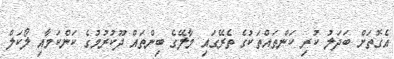
އެގޮތަށް ބަދަލު ކުރި ކަންތައްތަކުގެ ތެރޭގައި މާލޭގެ ބިންތައް ދޫކުރުމުގެ ކަންކަމާއި ލޯކަލް